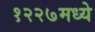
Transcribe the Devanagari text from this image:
१२२७मध्ये